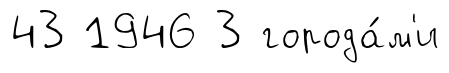
43 1946 3 города́м'и